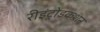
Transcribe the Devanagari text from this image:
रीइंट्रोडकशन